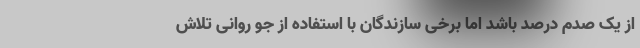
از یک صدم درصد باشد اما برخی سازندگان با استفاده از جو روانی تلاش